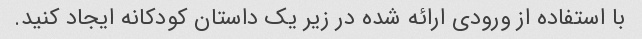
با استفاده از ورودی ارائه شده در زیر یک داستان کودکانه ایجاد کنید.